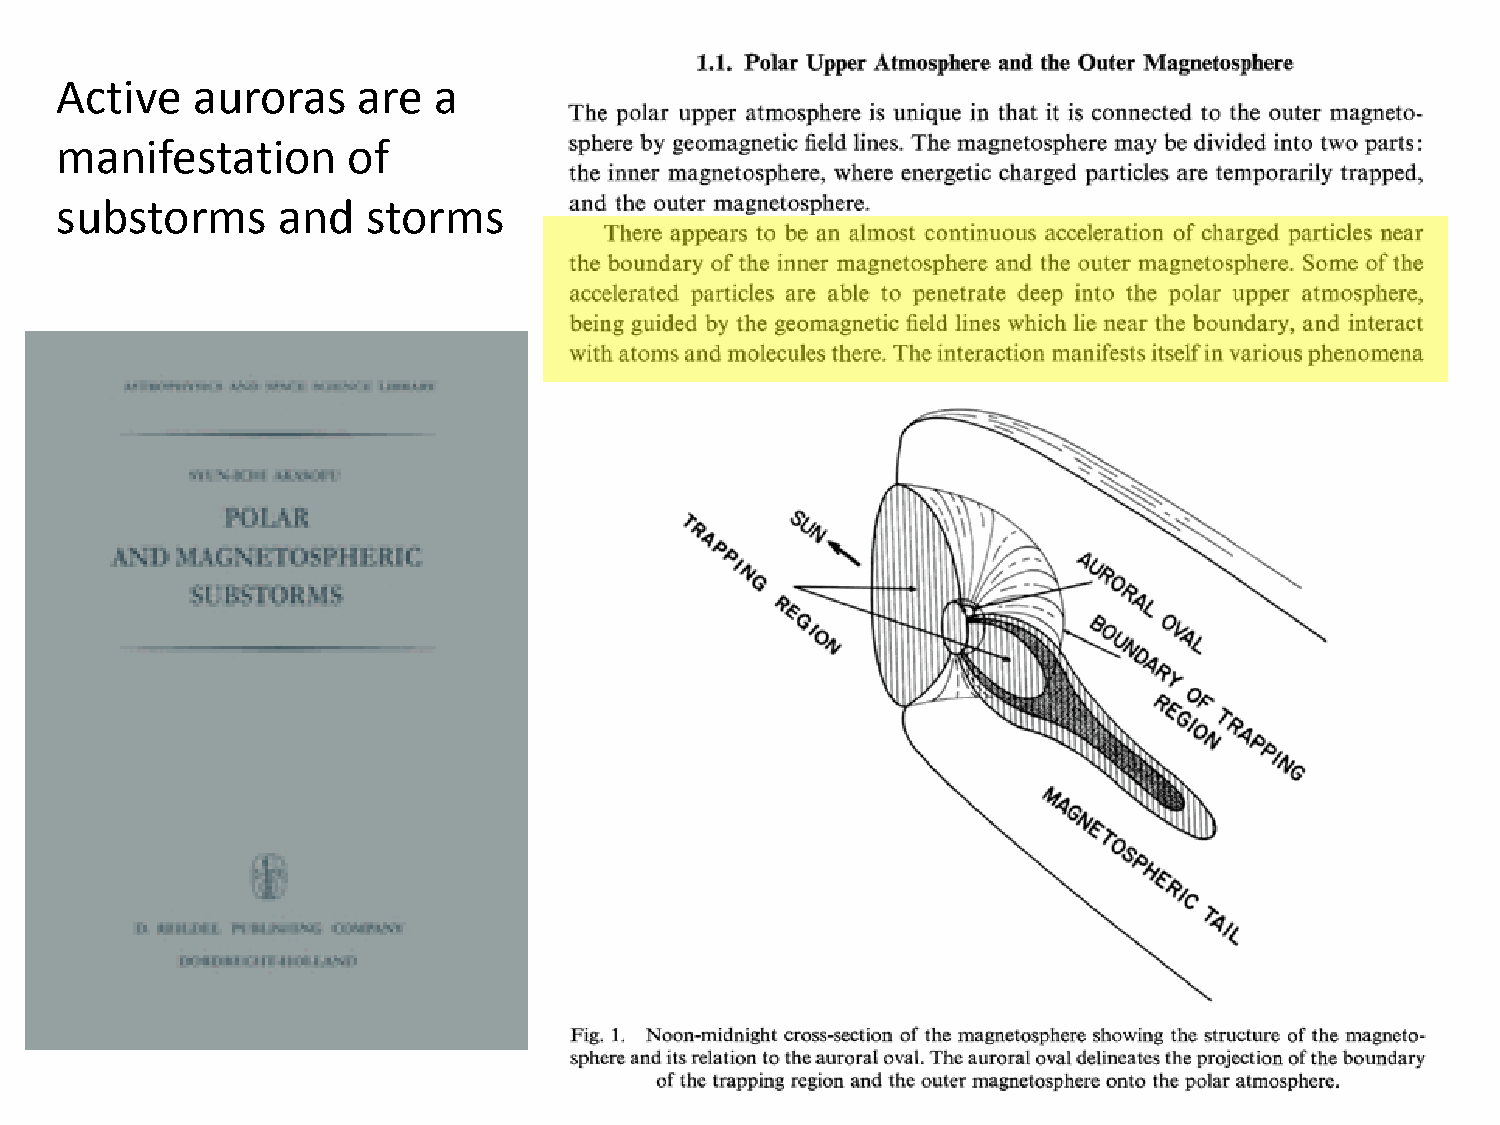
Active   auroras    are  a
 manifestation      of
 substorms     and   storms